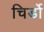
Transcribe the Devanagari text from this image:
चिर्डो